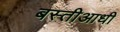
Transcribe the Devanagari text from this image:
बस्तीआधी